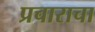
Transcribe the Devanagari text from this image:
प्रचाराचा